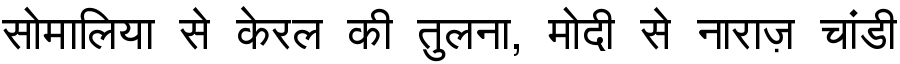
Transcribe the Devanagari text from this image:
सोमालिया से केरल की तुलना, मोदी से नाराज़ चांडी